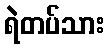
ရဲတပ်သား